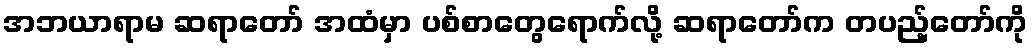
အဘယာရာမ ဆရာတော် အထံမှာ ပစ်စာတွေရောက်လို့ ဆရာတော်က တပည့်တော်ကို